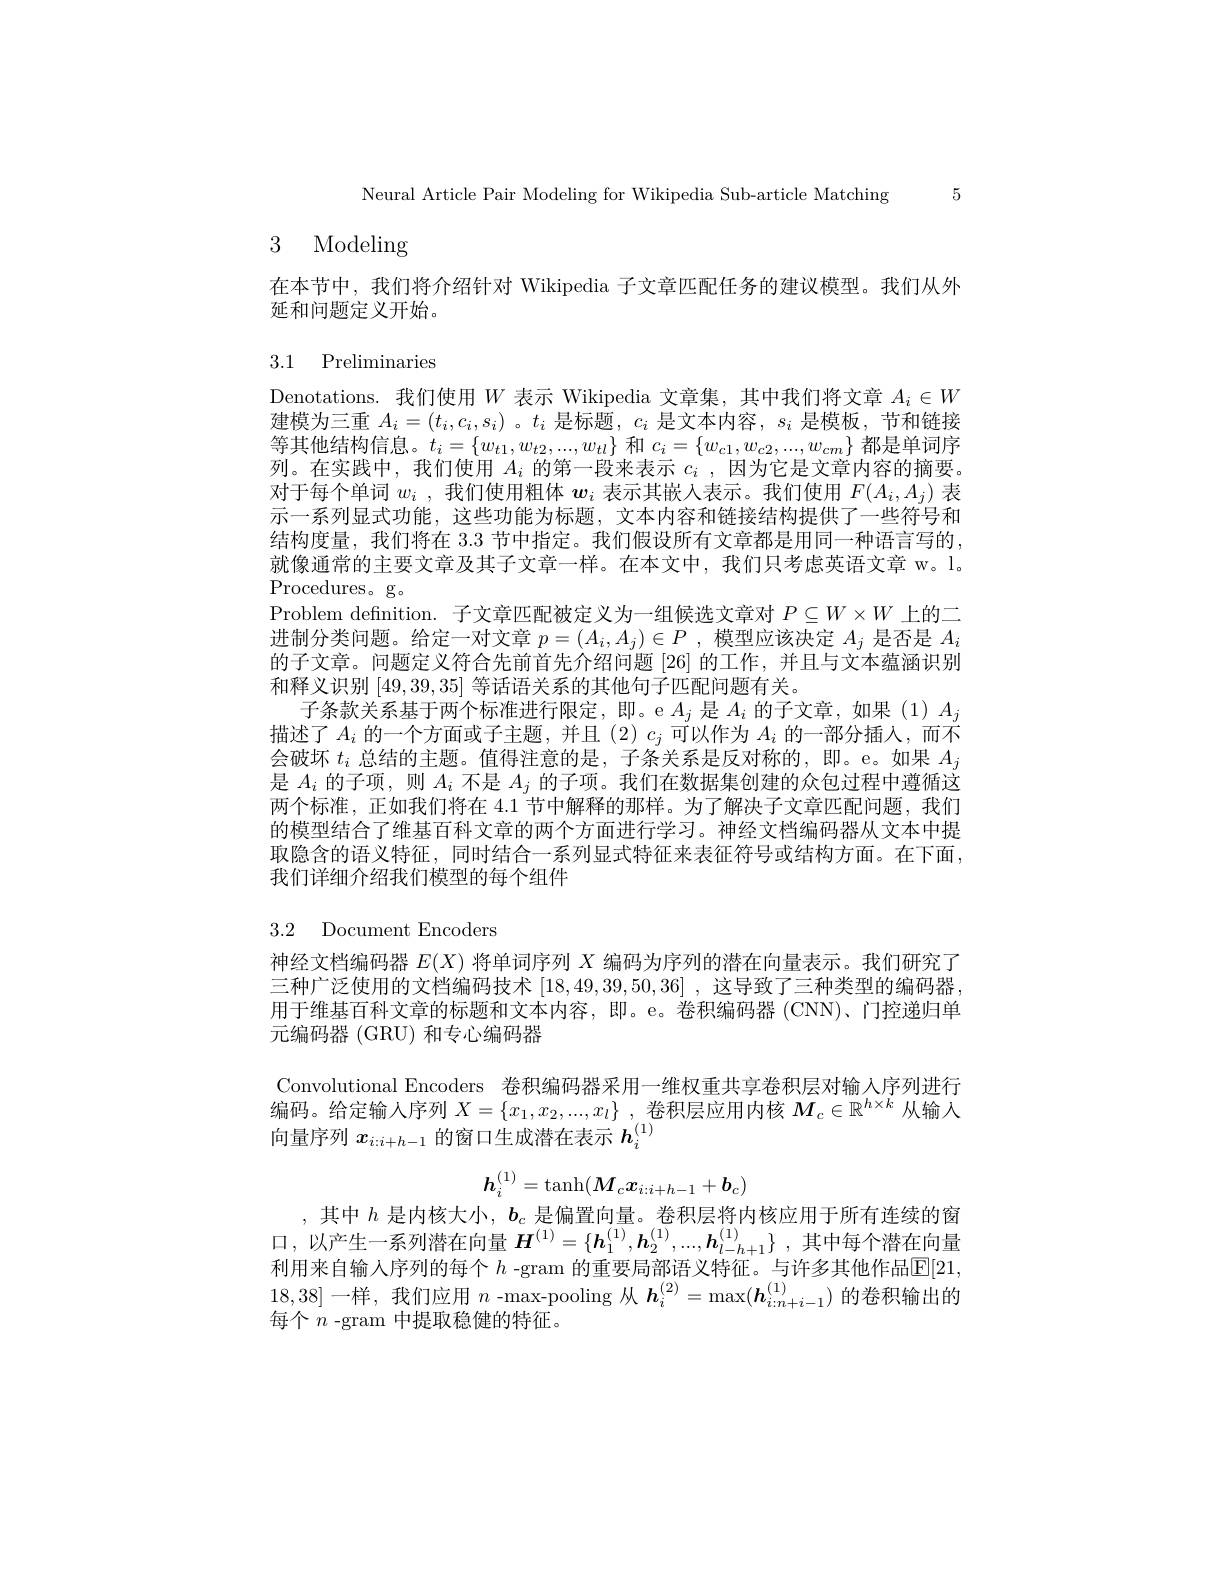
Neural Article Pair Modeling for Wikipedia Sub-article Matching 5

# 3 Modeling

在本节中，我们将介绍针对 Wikipedia 子文章匹配任务的建议模型。我们从外
延和问题定义开始。

## 3.1 Preliminaries

Denotations. 我们使用$W$表示 Wikipedia 文章集，其中我们将文章$A_i\in W$ 建模为三重 $A_i=(t_i,c_i,s_i)$ 。$t_i$ 是标题 $,c_i$ 是文本内容$,s_i$ 是模板，节和链接等其他结构信息。$t_i=\{w_{t1},w_{t2},...,w_{tl}\}$和$c_i=\{w_{c1},w_{c2},...,w_{cm}\}$都是单词序列。在实践中，我们使用$A_i$的第一段来表示$c_i$ ,因为它是文章内容的摘要。对于每个单词$w_i$ , 我 们 使 用 粗 体 $w_i$表示其嵌入表示。我们使用$F(A_i,A_j)$表示一系列显式功能，这些功能为标题，文本内容和链接结构提供了一些符号和结构度量，我们将在 3.3 节中指定。我们假设所有文章都是用同一种语言写的， 就像通常的主要文章及其子文章一样。在本文中，我们只考虑英语文章 w。l。Procedures。g。
Problem definition. 子文章匹配被定义为一组候选文章对$P\subseteq W\times W$上的二进制分类问题。给定一对文章$p=(A_i,A_j)\in P$ ,模型应该决定$A_j$是否是$A_i$ 的子文章。问题定义符合先前首先介绍问题[26]的工作，并且与文本蕴涵识别和释义识别[49,39,35]等话语关系的其他句子匹配问题有关。
$\dot{\text{子条款关系基于两个标准进行限定，即。e }A_j}$是$A_i$的子文章，如果(1)$A_j$ 描述了$A_i$的一个方面或子主题，并且(2)$c_j$可以作为$A_i$的一部分插人，而不会破坏$t_i$总结的主题。值得注意的是 , 子条关系是反对称的，即。e。如果$A_j$ 是$A_i$的子项，则$A_i$不是$A_j$的子项。我们在数据集创建的众包过程中遵循这两个标准，正如我们将在 4.1 节中解释的那样。为了解决子文章匹配问题，我们的模型结合了维基百科文章的两个方面进行学习。神经文档编码器从文本中提取隐含的语义特征，同时结合一系列显式特征来表征符号或结构方面。在下面， 我们详细介绍我们模型的每个组件

## 3.2 Document Encoders

神经文档编码器$E(X)$将单词序列$X$编码为序列的潜在向量表示。我们研究了三种广泛使用的文档编码技术[18,49,39,50,36] ,这导致了三种类型的编码器， 用于维基百科文章的标题和文本内容，即。e。卷积编码器 (CNN)、门控递归单元编码器 (GRU) 和专心编码器

Convolutional Encoders 卷积编码器采用一维权重共享卷积层对输人序列进行编码。给定输入序列$X=\{x_1,x_2,...,x_l\}$ ,卷积层应用内核$M_c\in\mathbb{R}^{h\times k}$从输入向量序列$x_{i:i+h-1}$的窗口生成潜在表示$h_i^{(1)}$
$$h_i^{(1)}=\tanh(M_cx_{i:i+h-1}+b_c)$$
,其中$h$是内核大小，$b_c$是偏置向量。卷积层将内核应用于所有连续的窗口，以产生一系列潜在向量$\boldsymbol H^{(1)}=\{\boldsymbol h_1^{(1)},\boldsymbol{h}_2^{(1)},...,\boldsymbol{h}_{l-h+1}^{(1)}\}$,其中每个潜在向量利用来自输人序列的每个 $h$ -gram 的重要局部语义特征。与许多其他作品$\mathbb{E}[21$, 18,38]一样 ,我们应用$n$ -max-pooling 从$\boldsymbol h_i^{(2)}=\max(\boldsymbol{h}_{i:n+i-1}^{(1)})$的卷积输出的每个$n$ -gram 中提取稳健的特征。